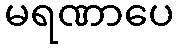
မရဏာပေ